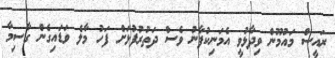
ރައީސް މައުމޫން ވިދާޅުވީ އެމަނިކުފާނު ވެސް ދަތުރުފުޅަށް ފަހު މާލެ ވަޑައިގެން ގާސިމާ